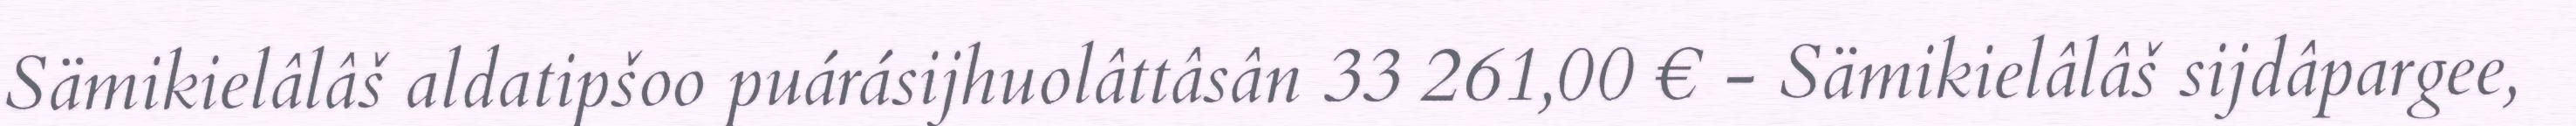
Sämikielâlâš aldatipšoo puárásijhuolâttâsân 33 261,00 € - Sämikielâlâš sijdâpargee,